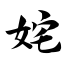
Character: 姹